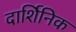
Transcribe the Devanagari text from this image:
दार्शिनिक